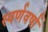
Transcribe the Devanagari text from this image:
स्वर्णवर्षा